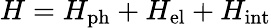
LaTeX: H=H_{\mathrm{ph}}+H_{\mathrm{el}}+H_{\mathrm{int}}